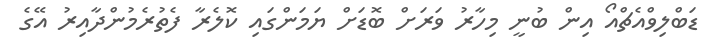
ޑަބްލިވްއެޗްއޯ އިން ބުނީ މިހާރު ވަރަށް ބޮޑަށް ޔަމަންގައި ކޮލެރާ ފެތުރެމުންދާއިރު އޭގެ